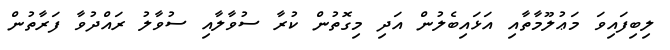
ލިބިފައިވަ މަޢުލޫމާތާއި އަޅައިބެލުން އަދި މިގޮތުން ކުރާ ސުވާލާއި ސުވާލު ރައްދުވާ ފަރާތުން